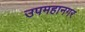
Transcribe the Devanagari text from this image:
उपमहानगर